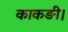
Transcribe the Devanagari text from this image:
काकङी।